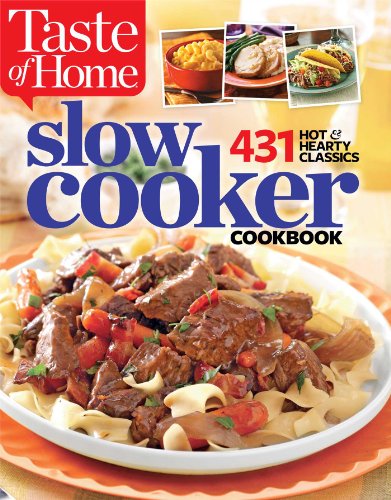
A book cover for Taste of Home Slow Cooker: 431 Hot & Hearty Classics; Taste Of Home; Cookbooks, Food & Wine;